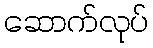
ဆောက်လုပ်